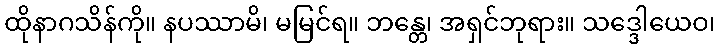
ထိုနာဂသိန်ကို။ နပဿာမိ၊ မမြင်ရ။ ဘန္တေ၊ အရှင်ဘုရား။ သဒ္ဒေါယေဝ၊